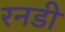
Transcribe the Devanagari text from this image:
रनडी